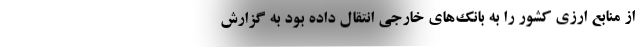
از منابع ارزی کشور را به بانک‌های خارجی انتقال داده بود به گزارش